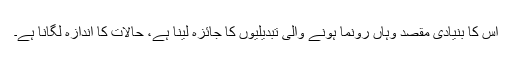
اس کا بنیادی مقصد وہاں رونما ہونے والی تبدیلیوں کا جائزہ لینا ہے، حالات کا اندازہ لگانا ہے۔